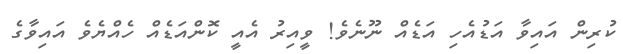
ކުރިން އައިވާ އަޑުއެހި އަޑެއް ނޫނެވެ! ވީއިރު އެއީ ކޮންއަޑެއް ހެއްޔެވެ އައިވާގެ